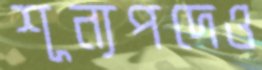
শূন্যপদেও